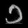
Digit: ၁